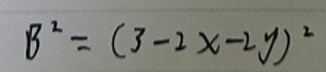
\[ B^{2}=(3 - 2x - 2y)^{2} \]